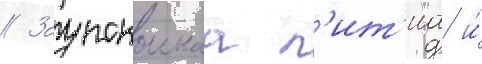
// Заупокоинаа л'ит'иа и́